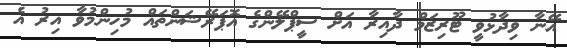
އޭނާ ވިދާޅުވީ ޓޫރިޒަމް ދާއިރާ އަށް ސީޕްލޭންގެ އޮޕަރޭޝަންތައް މުހިންމުވާ އިރު އެ